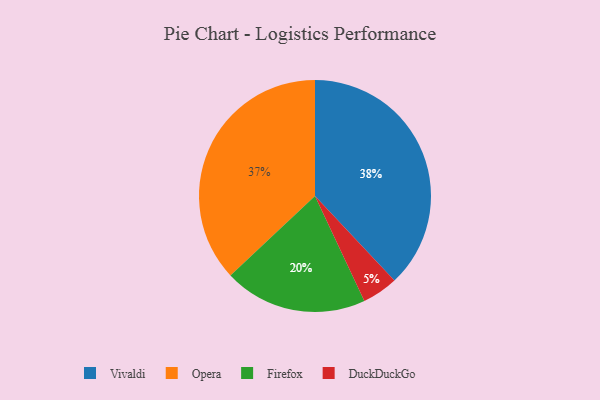
{"axis": {"x": "Category", "y": "Percentage"}, "legend": ["DuckDuckGo", "Firefox", "Opera", "Vivaldi"], "data": [{"x": "DuckDuckGo", "y": 5, "type": "DuckDuckGo"}, {"x": "Firefox", "y": 20, "type": "Firefox"}, {"x": "Vivaldi", "y": 38, "type": "Vivaldi"}, {"x": "Opera", "y": 37, "type": "Opera"}]}